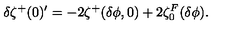
\delta \zeta ^ { + } ( 0 ) ^ { \prime } = - 2 \zeta ^ { + } ( \delta \phi , 0 ) + 2 \zeta _ { 0 } ^ { F } ( \delta \phi ) .